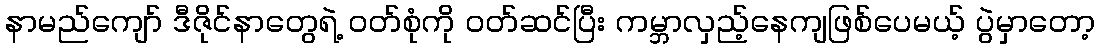
နာမည်ကျော် ဒီဇိုင်နာတွေရဲ့ ဝတ်စုံကို ဝတ်ဆင်ပြီး ကမ္ဘာလှည့်နေကျဖြစ်ပေမယ့် ပွဲမှာတော့